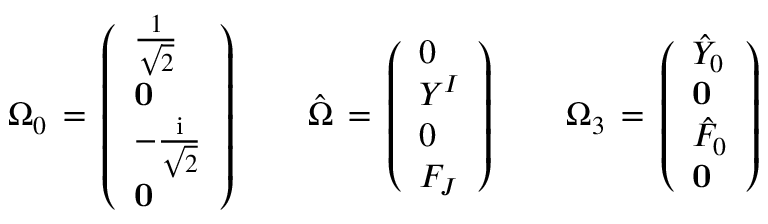
\Omega _ { 0 } \, = \, \left( \begin{array} { l } { { { \frac { 1 } { \sqrt { 2 } } } } } \\ { { { \bf 0 } } } \\ { { - { \frac { \mathrm { i } } { \sqrt { 2 } } } } } \\ { { { \bf 0 } } } \end{array} \right) \qquad { \hat { \Omega } } \, = \, \left( \begin{array} { l } { { 0 } } \\ { { Y ^ { I } } } \\ { { 0 } } \\ { { F _ { J } } } \end{array} \right) \qquad \Omega _ { 3 } \, = \, \left( \begin{array} { l } { { { \hat { Y } } _ { 0 } } } \\ { { { \bf 0 } } } \\ { { { \hat { F } } _ { 0 } } } \\ { { { \bf 0 } } } \end{array} \right)